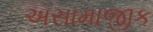
અસામાજીક